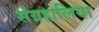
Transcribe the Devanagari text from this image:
संग्रहालिया